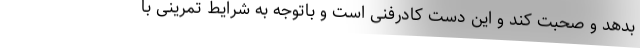
بدهد و صحبت کند و این دست کادرفنی است و باتوجه به شرایط تمرینی با